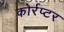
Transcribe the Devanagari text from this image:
कोर्रप्टर